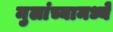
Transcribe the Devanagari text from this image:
मुलांच्यामध्ये